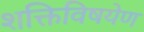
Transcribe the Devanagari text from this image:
शक्तिविषयेण